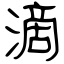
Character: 滴